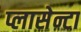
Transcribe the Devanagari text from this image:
प्लासेन्टा